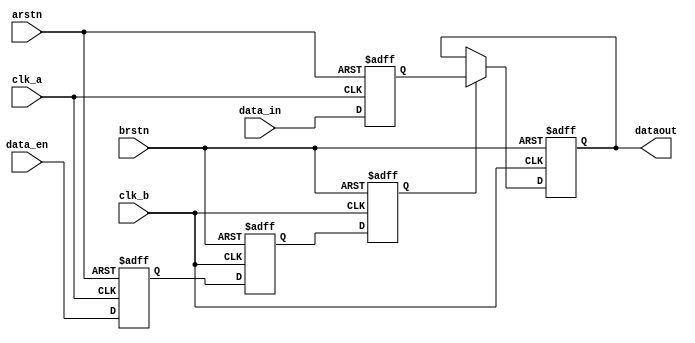
module synchronizer (
  input clk_a,
  input clk_b,
  input arstn,
  input brstn,
  input [3:0] data_in,
  input data_en,
  output reg [3:0] dataout
);
  reg [3:0] data_reg;
  reg en_data_reg;
  reg en_clap_one, en_clap_two;

  always @(posedge clk_a or negedge arstn) begin
    if (~arstn) begin
      data_reg <= 0;
      en_data_reg <= 0;
    end
    else begin
      data_reg <= data_in;
      en_data_reg <= data_en;
    end
  end

  always @(posedge clk_b or negedge brstn) begin
    if (~brstn) begin
      en_clap_one <= 0;
      en_clap_two <= 0;
      dataout <= 0;
    end
    else begin
      en_clap_one <= en_data_reg;
      en_clap_two <= en_clap_one;

      if (en_clap_two)
        dataout <= data_reg;
    end
  end
endmodule